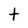
Character: t